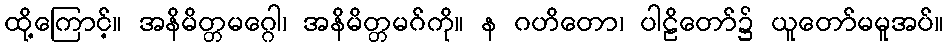
ထို့ကြောင့်။ အနိမိတ္တမဂ္ဂေါ၊ အနိမိတ္တမဂ်ကို။ န ဂဟိတော၊ ပါဠိတော်၌ ယူတော်မမူအပ်။